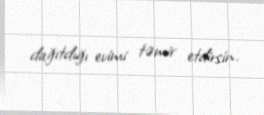
dağıtdığı evimi təmir etdirsin.